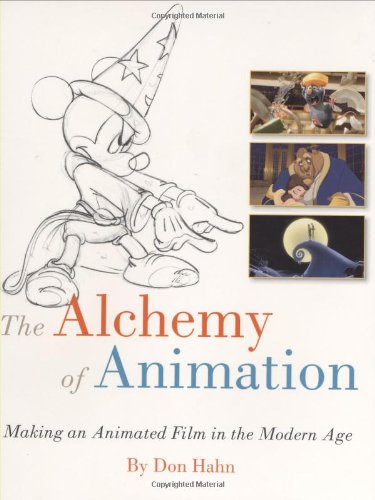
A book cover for The Alchemy of Animation: Making an Animated Film in the Modern Age (Disney Editions Deluxe (Film)); Don Hahn; Arts & Photography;